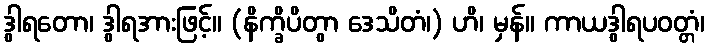
ဒွါရတော၊ ဒွါရအားဖြင့်။ (နိက္ခိပိတွာ ဒေသိတံ၊) ဟိ၊ မှန်။ ကာယဒွါရပဝတ္တံ၊